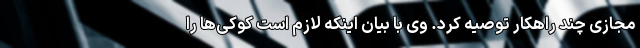
مجازی چند راهکار توصیه کرد. وی با بیان اینکه لازم است کوکی‌ها را